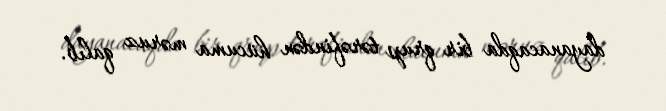
dayanacaqda bir qrup tərəfindən hücuma məruz qalıb.